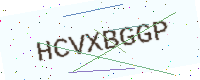
Text: HCVXBGGP